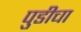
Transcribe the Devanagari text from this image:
पुडीचा